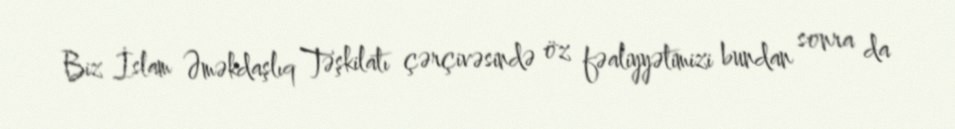
Biz İslam Əməkdaşlıq Təşkilatı çərçivəsində öz fəaliyyətimizi bundan sonra da